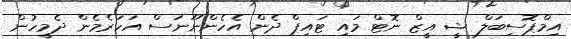
އިމްޕޮސިބަލް ޝީ އީޒް ނޮޓް މައި ޓައިޕް ދެން އެހެންނޫނަސް އަހަރެމެން ދެމީހުން